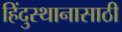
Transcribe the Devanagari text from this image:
हिंदुस्थानासाठी